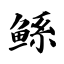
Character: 鲧